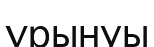
ұрынуы